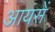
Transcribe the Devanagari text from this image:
आयसें